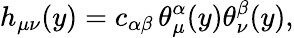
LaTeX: h_{\mu\nu}(y)=c_{\alpha\beta}\, \theta_{\mu}^{\alpha}(y)\theta_{\nu}^{\beta}(y),